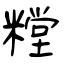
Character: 糛